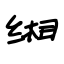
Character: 缃